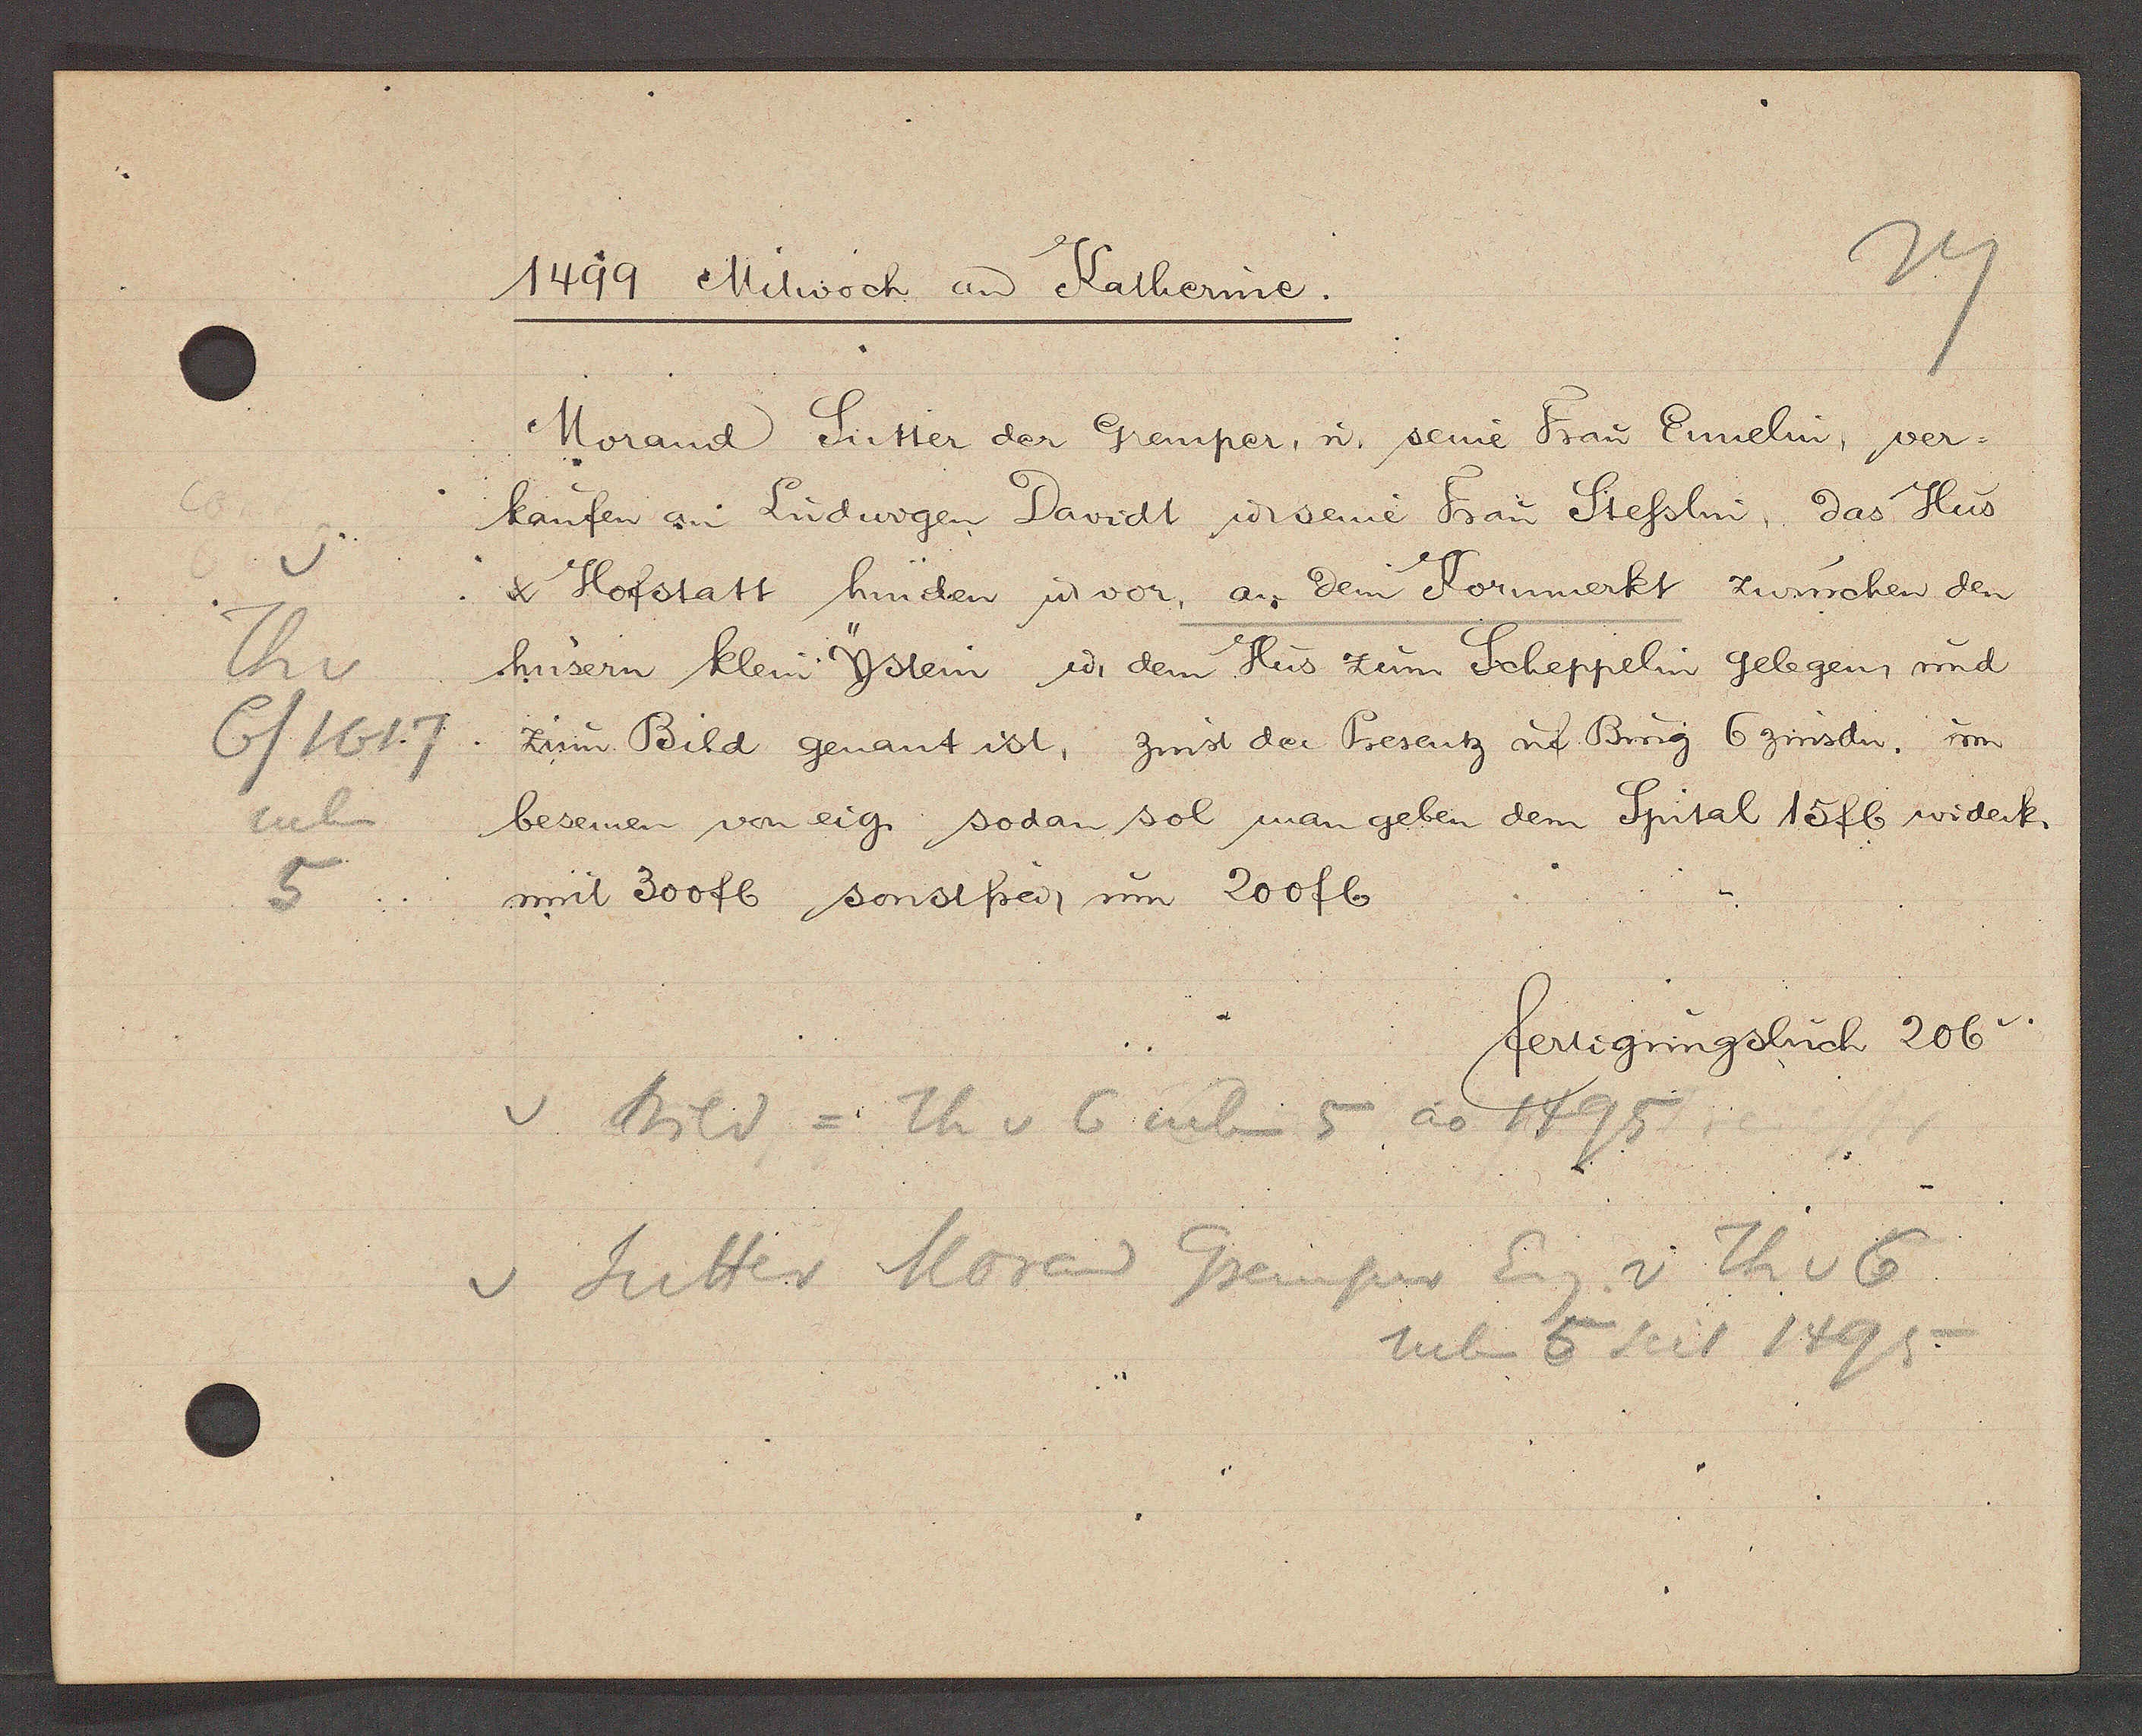
Transcript:
Th v
6/1617
neben
5

1499 Mitwoch aȵ Katherine.

Morand Sutter der Gremper, u. seine Frau Ennelin, ver-
kaufen an Ludwigen Davidt u. seine Frau Stesslin, das Hus
& Hofstatt hinder u. vor, an dem Kornmerkt zwüschen den
husern klein Ystein u. dem Hus zem Scheppelin gelegen, und
zun Bild genant ist, zinst der Presentz uf Burg 6 zinsdn, im
besenen von eig. sodan sol man geben dem Spital 15 fl widerk.
mit 300 fl sonstfrei, um 200 fl

fertigungsbuch 206.

v Bild = Th v 6 neben 5 ao 1495
v Suutter Morad Gremper Eig. v Th v 6
neben 5 seit 1495